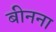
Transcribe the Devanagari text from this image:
बीनना